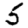
Digit: 5